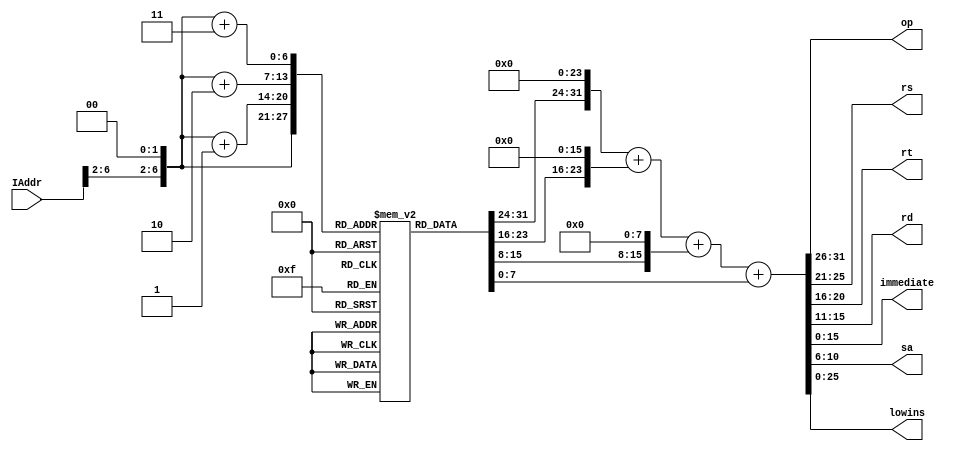
`timescale 1ns / 1ps
//////////////////////////////////////////////////////////////////////////////////
// Company: 
// Engineer: 
// 
// Design Name: 
// Module Name: InstructionMemory
// Project Name: 
// Target Devices: 
// Tool Versions: 
// Description: 
// 
// Dependencies: 
// 
// Revision:
// Revision 0.01 - File Created
// Additional Comments:
// 
//////////////////////////////////////////////////////////////////////////////////


module InstructionMemory(
    input [31:0] IAddr,
    output [5:0] op,
    output [4:0] rs,
    output [4:0] rt,
    output [4:0] rd,
    output [15:0] immediate,
    output [4:0] sa,
    output [25:0] lowins
    );
    
    reg [7:0] mem[0:127];
    reg [31:0] address;
    reg [31:0] instruction;
    
    initial begin
        mem[0] = 8'b00000100;
        mem[1] = 8'b00000001;
        mem[2] = 8'b00000000;
        mem[3] = 8'b00001000;
        mem[4] = 8'b01000000;
        mem[5] = 8'b00000010;
        mem[6] = 8'b00000000;
        mem[7] = 8'b00000010;
        mem[8] = 8'b00000000;
        mem[9] = 8'b01000001;
        mem[10] = 8'b00011000;
        mem[11] = 8'b00000000;
        mem[12] = 8'b00001000;
        mem[13] = 8'b01100010;
        mem[14] = 8'b00101000;
        mem[15] = 8'b00000000;
        mem[16] = 8'b01000100;
        mem[17] = 8'b10100010;
        mem[18] = 8'b00100000;
        mem[19] = 8'b00000000;
        mem[20] = 8'b01001000;
        mem[21] = 8'b10000010;
        mem[22] = 8'b01000000;
        mem[23] = 8'b00000000;
        mem[24] = 8'b01100000;
        mem[25] = 8'b00001000;
        mem[26] = 8'b01000000;
        mem[27] = 8'b01000000;
        mem[28] = 8'b11000101;
        mem[29] = 8'b00000001;
        mem[30] = 8'b11111111;
        mem[31] = 8'b11111110;
        mem[32] = 8'b01101100;
        mem[33] = 8'b01000110;
        mem[34] = 8'b00000000;
        mem[35] = 8'b00001000;
        mem[36] = 8'b01101100;
        mem[37] = 8'b11000111;
        mem[38] = 8'b00000000;
        mem[39] = 8'b00000000;
        mem[40] = 8'b00000100;
        mem[41] = 8'b11100111;
        mem[42] = 8'b00000000;
        mem[43] = 8'b00001000;
        mem[44] = 8'b11000000;
        mem[45] = 8'b11100001;
        mem[46] = 8'b11111111;
        mem[47] = 8'b11111110;
        mem[48] = 8'b10011000;
        mem[49] = 8'b00100010;
        mem[50] = 8'b00000000;
        mem[51] = 8'b00000100;
        mem[52] = 8'b10011100;
        mem[53] = 8'b00101001;
        mem[54] = 8'b00000000;
        mem[55] = 8'b00000100;
        mem[56] = 8'b11100000;
        mem[57] = 8'b00000000;
        mem[58] = 8'b00000000;
        mem[59] = 8'b00010000;
        mem[60] = 8'b00000100;
        mem[61] = 8'b00001010;
        mem[62] = 8'b00000000;
        mem[63] = 8'b00001010;
        mem[64] = 8'b11111100;
        mem[65] = 8'b00000000;
        mem[66] = 8'b00000000;
        mem[67] = 8'b00000000;
        instruction = 0;
    end
    
    always @(IAddr) begin
        address = IAddr[6:2] << 2;
        instruction = (mem[address]<<24) + (mem[address+1]<<16) + (mem[address+2]<<8) + mem[address+3];
    end
    
    assign op = instruction[31:26];
    assign rs = instruction[25:21];
    assign rt = instruction[20:16];
    assign rd = instruction[15:11];
    assign immediate = instruction[15:0];
    assign sa = instruction[10:6];
    assign lowins = instruction[25:0];
    
endmodule